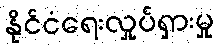
နိုင်ငံရေးလှုပ်ရှားမှု